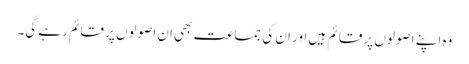
وہ اپنے اصولوں پر قائم ہیں اور ان کی جماعت بھی ان اصولوں پر قائم رہے گی۔